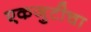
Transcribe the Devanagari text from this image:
एकजुटीचा